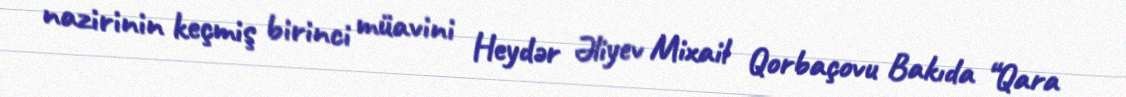
nazirinin keçmiş birinci müavini Heydər Əliyev Mixail Qorbaçovu Bakıda “Qara